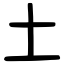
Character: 土